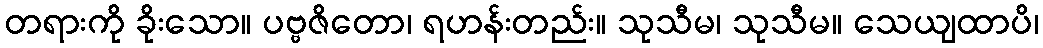
တရားကို ခိုးသော။ ပဗ္ဗဇိတော၊ ရဟန်းတည်း။ သုသီမ၊ သုသီမ။ သေယျထာပိ၊